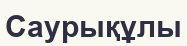
Саурықұлы